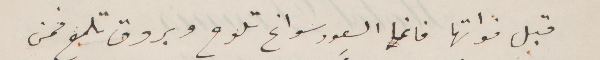
قبل فواتها فانما السعود سوانح تلوح وبروق تلمح فمن